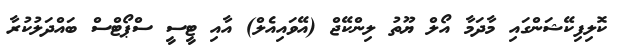
ކޮލިފިކޭޝަންގައި މާދަމާ އޯލް ޔޫތު ލިންކޭޖް (އޭވައިއެލް) އާއި ޓީސީ ސްޕޯޓްސް ބައްދަލުކުރާ